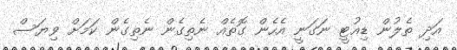
އަދި ތެލުން ޑިއުޓީ ނަގަނީ އެހެން ގޮތެއް ނެތިގެން ނެތިގެން ކަމަށް ވިޔަސް